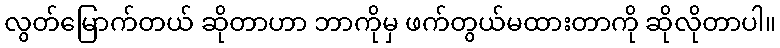
လွတ်မြောက်တယ် ဆိုတာဟာ ဘာကိုမှ ဖက်တွယ်မထားတာကို ဆိုလိုတာပါ။